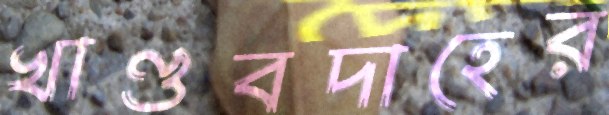
খাণ্ডবদাহের